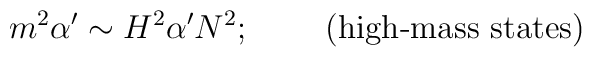
m^2\alpha'\sim H^2\alpha'N^2;\;\;\;\;\;\;\;\;\mbox{(high-mass states)}